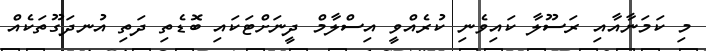
މި ކަމަނާއާއި ރަސޫލާ ކައިވެނި ކުރެއްވީ އިސްލާމް ދީނަށްޓަކައި ބޮޑެތި ދަތި އުނދަގޫތަކެއް